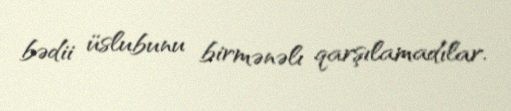
bədii üslubunu birmənəlı qarşılamadılar.